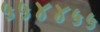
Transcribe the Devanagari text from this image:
५५४४५५